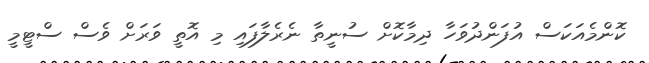
ކޮންމެއަކަސް އުފަންދުވަހާ ދިމާކޮށް ސުނީތާ ނެރެލާފައި މި އޮތީ ވަރަށް ވެސް ސްޓީމީ